Scottish Leaving Certificate Examination, 1952
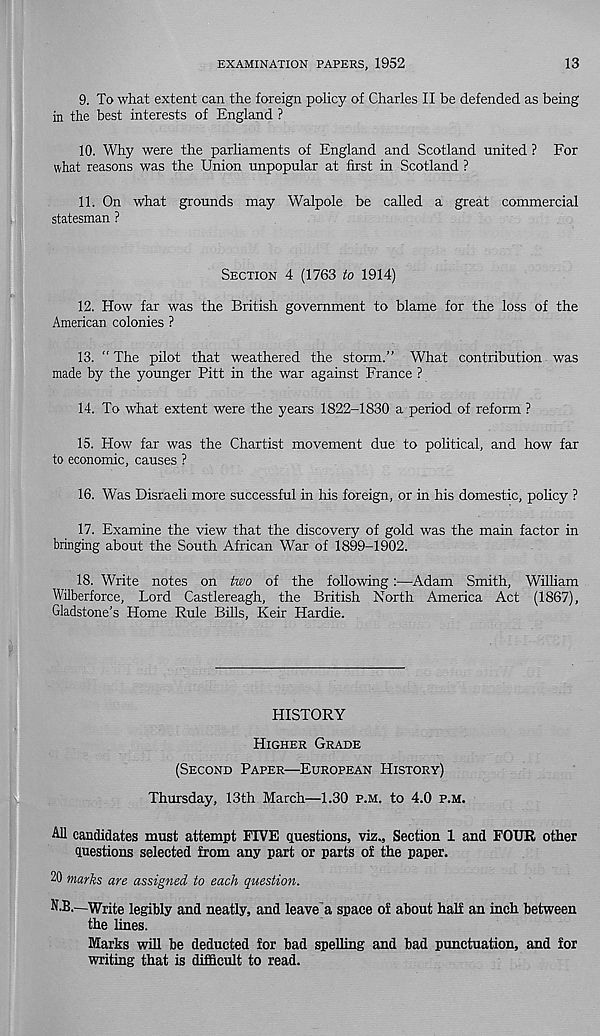
EXAMINATION PAPERS, 1952
13
9. To what extent can the foreign policy of Charles II be defended as being
in the best interests of England ?
10. Why were the parhaments of England and Scotland united ? For
what reasons was the Union unpopular at first in Scotland ?
11. On what grounds may Walpole be called a great commercial
statesman ?
SECTION 4 (1763 to 1914)
12. How far was the British government to blame for the loss of the
American colonies ?
13. “ The pilot that weathered the storm.” What contribution was
made by the younger Pitt in the war against France ?
14. To what extent were the years 1822-1830 a period of reform ?
15. How far was the Chartist movement due to political, and how far
to economic, causes ?
16. Was Disraeli more successful in Iris foreign, or in his domestic, policy ?
17. Examine the view that the discovery of gold was the main factor in
bringing about the South African War of 1899-1902.
18. Write notes on two of the following:—Adam Smith, William
Wilberforce, Lord Castlereagh, the British North America Act (1867),
Gladstone’s Home Rule Bills, Keir Hardie.
HISTORY
HIGHER GRADE
(SECOND PAPER—EUROPEAN HISTORY)
Thursday, 13th March—1.30 P.M. to 4.0 P.M.
All candidates must attempt FIVE questions, viz.. Section 1 and FOUR other
questions selected from any part or parts of the paper.
20 marks are assigned to each question.
N.B.—Write legibly and neatly, and leave a space of about half an inch between
the lines.
Marks will be deducted for bad spelling and bad punctuation, and for
writing that is difficult to read.